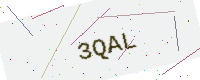
Text: 3QAL